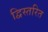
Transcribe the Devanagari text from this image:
द्विस्तरित